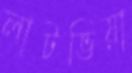
লাটভিয়া